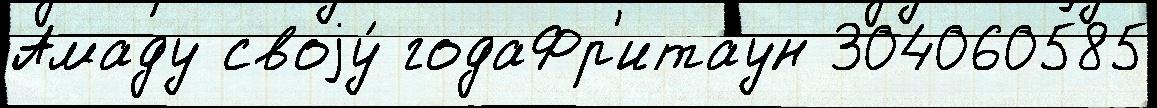
Амаду своjу́ годаФр'итаун 304060585